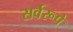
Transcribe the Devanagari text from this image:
सर्वरूपे